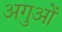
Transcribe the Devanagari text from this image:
अगुओं